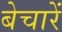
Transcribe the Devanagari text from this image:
बेचारें